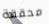
محققة